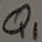
Text: Q1